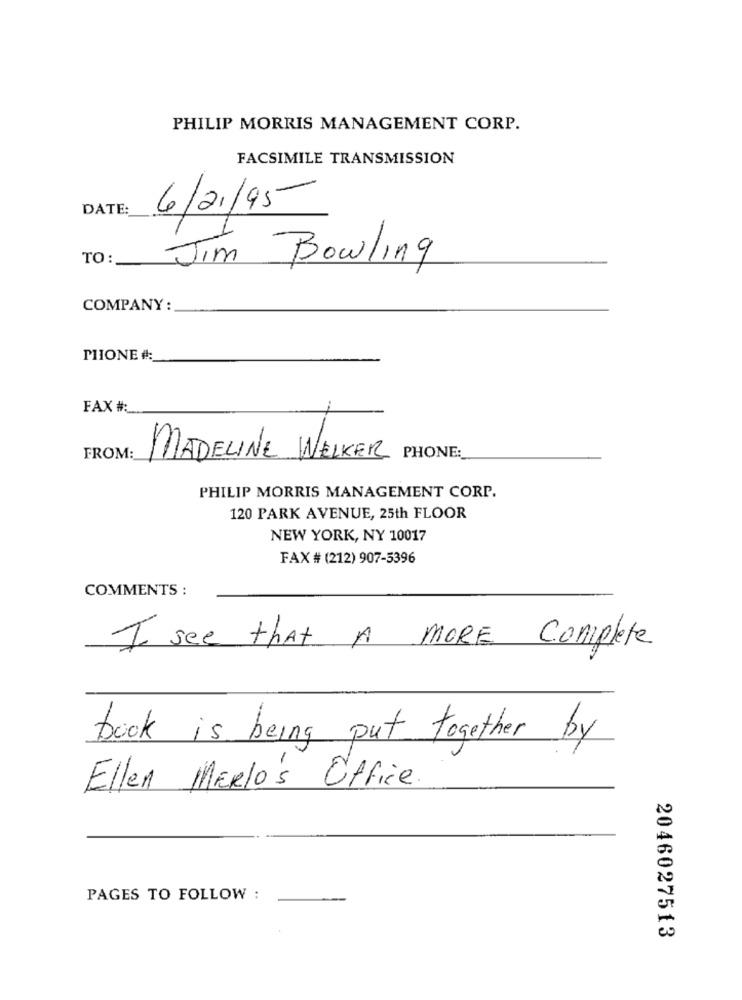
PHILIP MORRIS MANAGEMENT CORP.
FACSIMILE TRANSMISSION
DATE:
6/21/95
TO:
Jim Bowling
COMPANY:
PHONE #:
FAX #:
PHONE:
FROM:
MADELINE WELKER
PHILIP MORRIS MANAGEMENT CORP.
120 PARK AVENUE, 25th FLOOR
NEW YORK, NY 10017
FAX # (212) 907-5396
COMMENTS :
Complete
I see that A
MORE
book is being put together by
Ellen MERlos Office.
PAGES TO FOLLOW :
2046027513